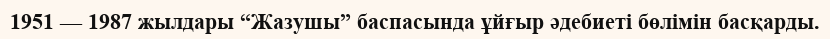
1951 — 1987 жылдары “Жазушы” баспасында ұйғыр әдебиеті бөлімін басқарды.